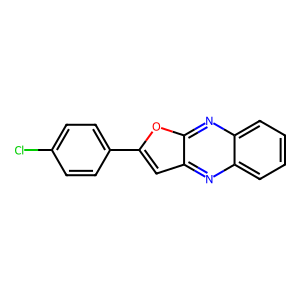
SMILES: Clc1ccc(-c2cc3nc4ccccc4nc3o2)cc1
Inhibits HIV replication: No